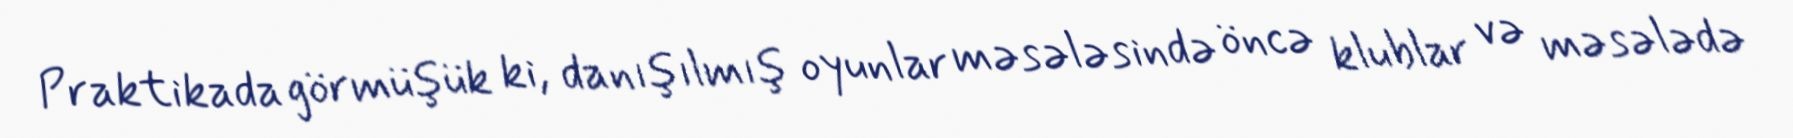
Praktikada görmüşük ki, danışılmış oyunlar məsələsində öncə klublar və məsələdə